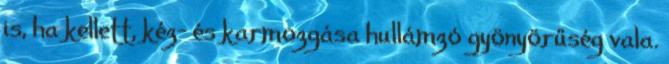
is, ha kellett, kéz- és karmozgása hullámzó gyönyörűség vala.